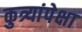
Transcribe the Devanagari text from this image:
कुत्र्यांपेक्षा